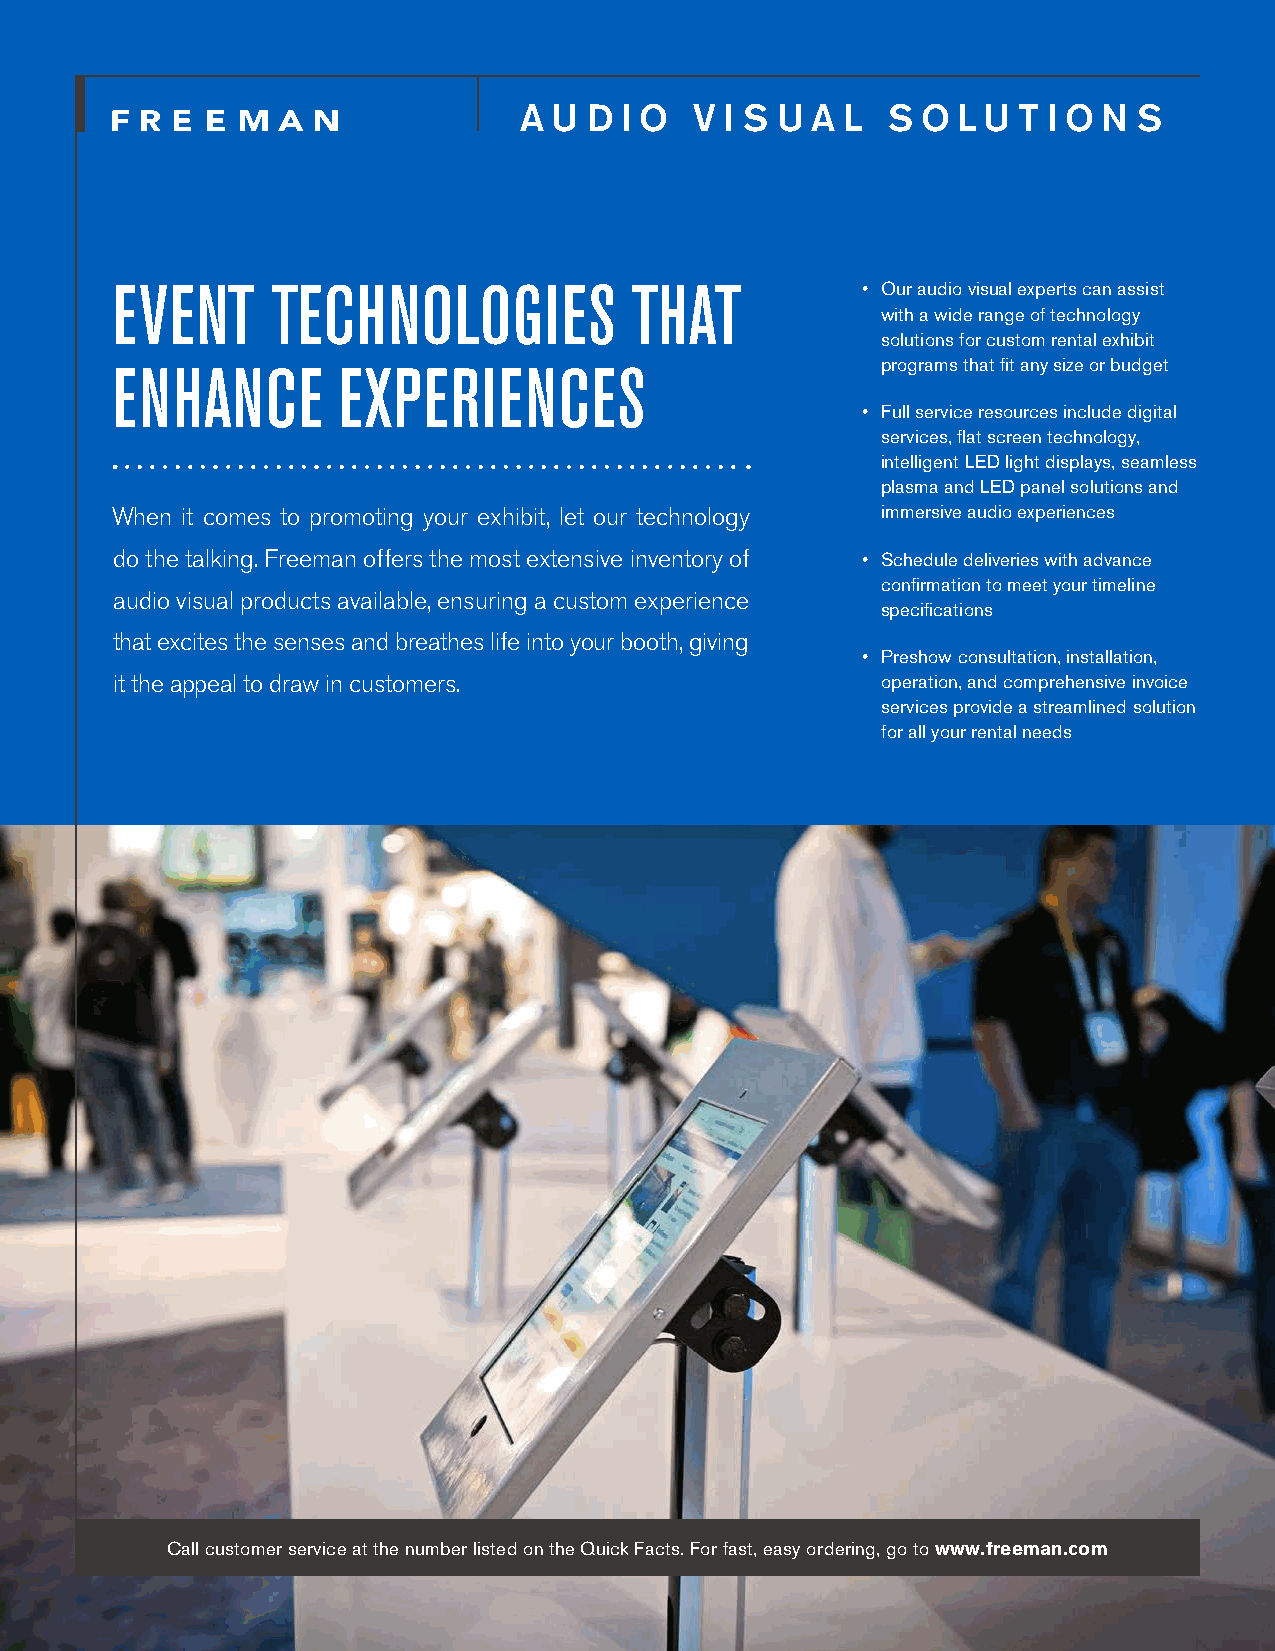
A U  D I O  V I S U A L  S O L U T I O N S
 EVENT      TECHNOLOGIES            THAT           • Our audio visual experts can assist
 with a wide range of technology
 solutions for custom rental exhibit
 programs that fit any size or budget
 ENHANCE        EXPERIENCES
 • Full service resources include digital
 services, flat screen technology,
 intelligent LED light displays, seamless
 plasma and LED panel solutions and
 When it comes to promoting your exhibit, let our technology immersive audio experiences
 do the talking. Freeman offers the most extensive inventory of • Schedule deliveries with advance
 confirmation to meet your timeline
 audio visual products available, ensuring a custom experience
 specifications
 that excites the senses and breathes life into your booth, giving
 • Preshow consultation, installation,
 it the appeal to draw in customers.               operation, and comprehensive invoice
 services provide a streamlined solution
 for all your rental needs
 Call customer service at the number listed on the Quick Facts. For fast, easy ordering, go to www.freeman.com